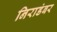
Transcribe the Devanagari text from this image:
निराडंबर